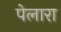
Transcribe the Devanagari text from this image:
पेलारा